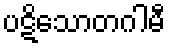
ပဋိသောတဂါမီ